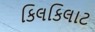
કિલકિલાટ